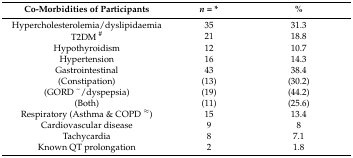
| Co-Morbidities of Participants | n = * | % |
 | --- | --- | --- |
 | Hypercholesterolemia/dyslipidaemia | 35 | 31.3 |
 | T2DM # | 21 | 18.8 |
 | Hypothyroidism | 12 | 10.7 |
 | Hypertension | 16 | 14.3 |
 | Gastrointestinal | 43 | 38.4 |
 | (Constipation) | (13) | (30.2) |
 | (GORD ~/dyspepsia) | (19) | (44.2) |
 | (Both) | (11) | (25.6) |
 | Respiratory (Asthma & COPD ≈) | 15 | 13.4 |
 | Cardiovascular disease | 9 | 8 |
 | Tachycardia | 8 | 7.1 |
 | Known QT prolongation | 2 | 1.8 |